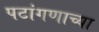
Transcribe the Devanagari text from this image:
पटांगणाच्या